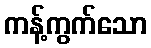
ကန့်ကွက်သော